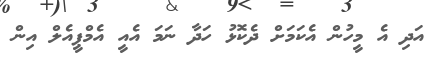
އަދި އެ މީހުން އެކަމަށް ދެކޮޅު ހަދާ ނަމަ އެއީ އެމްޕީއެލް އިން